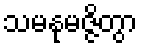
သမနုမဇ္ဇိတွာ